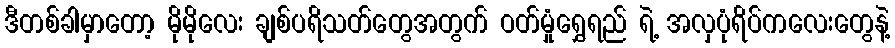
ဒီတစ်ခါမှာတော့ မိုမိုလေး ချစ်ပရိသတ်တွေအတွက် ဝတ်မှုံရွှေရည် ရဲ့ အလှပုံရိပ်ကလေးတွေနဲ့